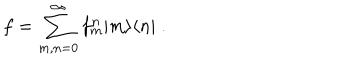
LaTeX: f = \sum _ { m , n = 0 } ^ { \infty } f _ { m } ^ { n } | m \rangle \langle n | \; .